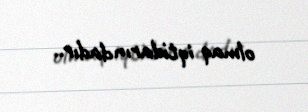
olmaq iqtidarındadır..